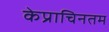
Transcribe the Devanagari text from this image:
केप्राचिनतम